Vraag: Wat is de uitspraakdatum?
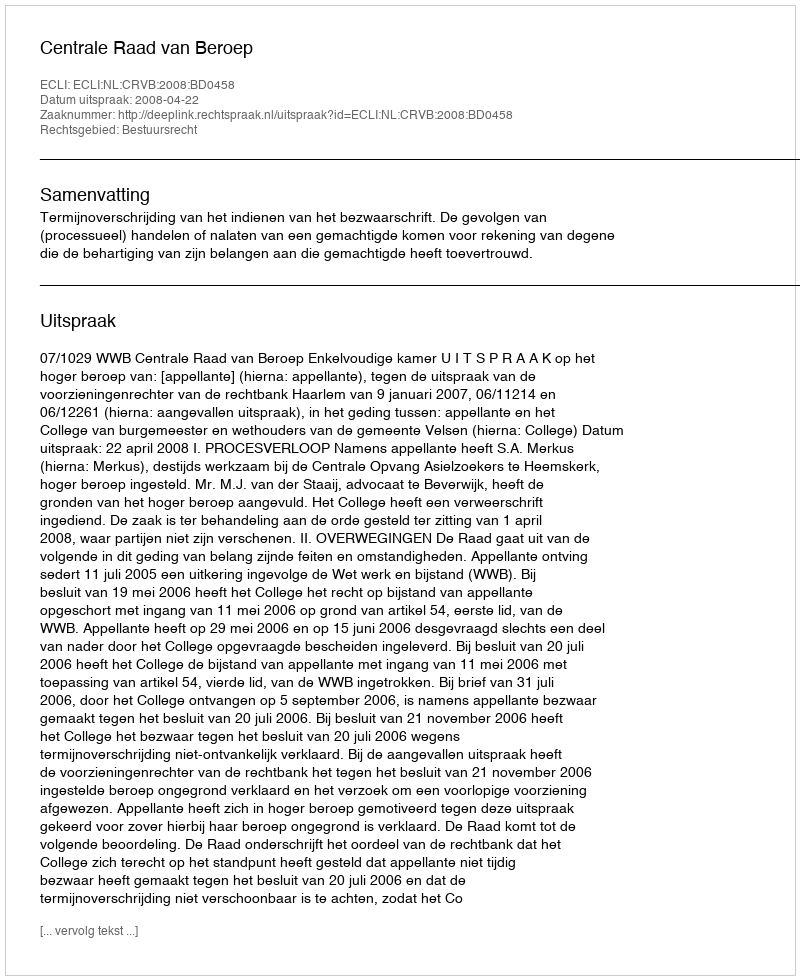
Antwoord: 2008-04-22